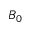
B _ { 0 }